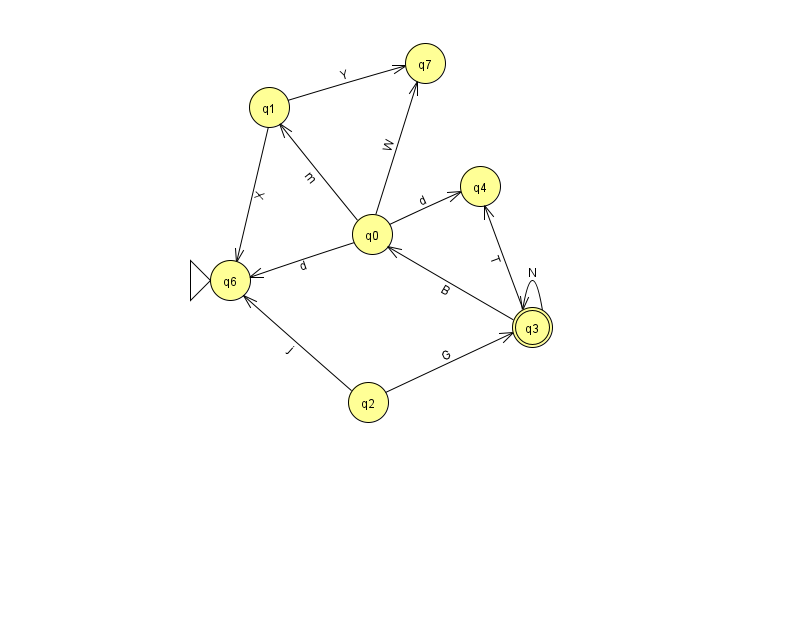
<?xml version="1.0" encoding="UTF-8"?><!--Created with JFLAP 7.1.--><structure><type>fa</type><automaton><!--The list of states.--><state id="0" name="q0"><x>372.0</x><y>221.0</y></state><state id="1" name="q1"><x>269.0</x><y>94.0</y></state><state id="2" name="q2"><x>368.0</x><y>389.0</y></state><state id="3" name="q3"><x>532.0</x><y>314.0</y><final/></state><state id="4" name="q4"><x>480.0</x><y>173.0</y></state><state id="6" name="q6"><x>230.0</x><y>267.0</y><initial/></state><state id="7" name="q7"><x>425.0</x><y>50.0</y></state><!--The list of transitions.--><transition><from>0</from><to>1</to><read>m</read></transition><transition><from>2</from><to>3</to><read>G</read></transition><transition><from>3</from><to>4</to><read>T</read></transition><transition><from>0</from><to>6</to><read>d</read></transition><transition><from>0</from><to>4</to><read>d</read></transition><transition><from>0</from><to>7</to><read>W</read></transition><transition><from>1</from><to>6</to><read>X</read></transition><transition><from>1</from><to>7</to><read>Y</read></transition><transition><from>2</from><to>6</to><read>j</read></transition><transition><from>3</from><to>0</to><read>B</read></transition><transition><from>3</from><to>3</to><read>N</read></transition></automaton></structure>